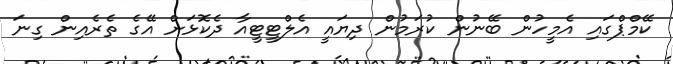
ކޭމްޕްގައި އެމީހުން ބޭނުން ކުރަމުން ދިޔައީ އެލްޓީޓީއާ ދެކޮޅަށް އޭގެ ތެރެއިން ގިނަ